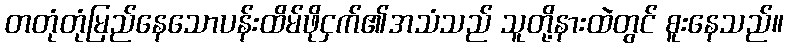
တတုံတုံမြည်နေသောပန်းထိမ်ဖိုငှက်၏အသံသည် သူတို့နားထဲတွင် စူးနေသည်။